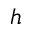
h